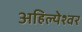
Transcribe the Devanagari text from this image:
अहिल्येश्वर